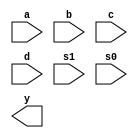
`timescale 1ns / 1ps
module mux4_1(
    input a,b,c,d,s1,s0,
    output y
    );
 reg out;

always @ (*)
begin

case ({s0,s1})
2'b00 : out = a;
2'b01 : out = b;
2'b10 : out = c;
2'b11 : out = d;
default:out=1'b0;
endcase
end
endmodule